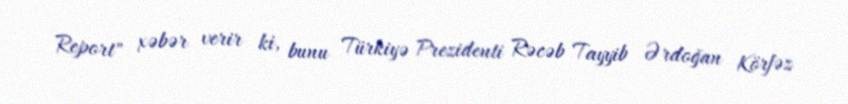
Report" xəbər verir ki, bunu Türkiyə Prezidenti Rəcəb Tayyib Ərdoğan Körfəz